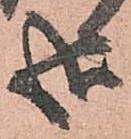
哉